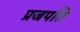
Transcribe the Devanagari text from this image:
प्रजपति